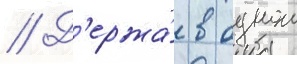
// Д'ержа́ в однои